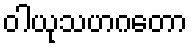
ဝါယုသဟဂတော